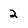
Character: 2